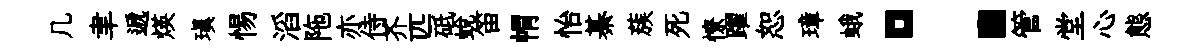
几聿遞煐瑱惕滔陁亦侍芥匹砥蜕笛㡌怡綦蔟死憭躍恕璋蛾：管堂心態